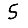
Digit: 5